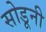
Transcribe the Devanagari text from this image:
सोडूनी